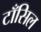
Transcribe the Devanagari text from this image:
टाँसिल